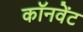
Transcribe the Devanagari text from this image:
कॉनवेंट